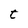
Character: t